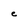
Character: C